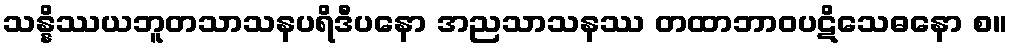
သန္နိဿယဘူတသာသနပရိဒီပနော အညသာသနဿ တထာဘာဝပဋိသေဓနော စ။